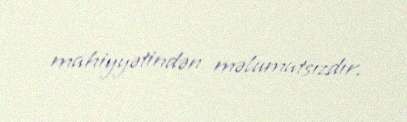
mahiyyətindən məlumatsızdır.